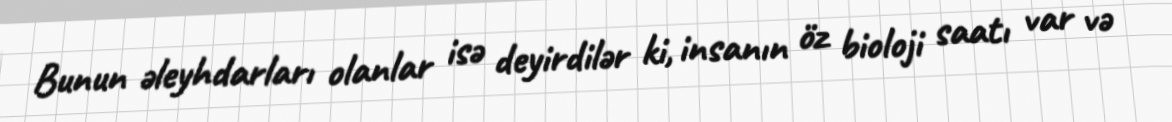
Bunun əleyhdarları olanlar isə deyirdilər ki, insanın öz bioloji saatı var və